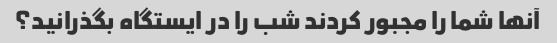
آنها شما را مجبور کردند شب را در ایستگاه بگذرانید؟